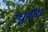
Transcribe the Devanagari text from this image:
रघुवीरा